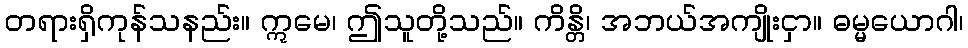
တရားရှိကုန်သနည်း။ ဣမေ၊ ဤသူတို့သည်။ ကိန္တိ၊ အဘယ်အကျိုးငှာ။ ဓမ္မယောဂါ၊